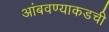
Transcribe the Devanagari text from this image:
आंबवण्याकडची